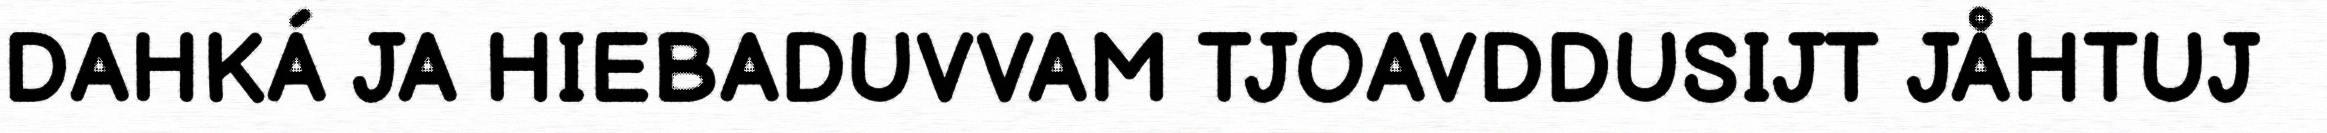
DAHKÁ JA HIEBADUVVAM TJOAVDDUSIJT JÅHTUJ